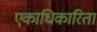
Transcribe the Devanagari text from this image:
एकाधिकारिता